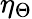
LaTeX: \eta_{\Theta}